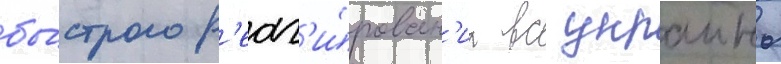
бы́строго р'еаг'и́рован'иа вс украины